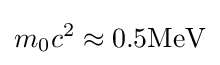
m_{0}c^{2}\approx 0.5\mathrm {MeV}